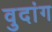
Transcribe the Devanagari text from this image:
वुदांग